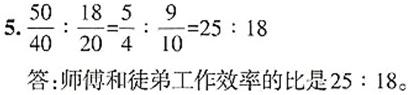
5. $\frac{50}{40}:\frac{18}{20}=\frac{5}{4}:\frac{9}{10}=25:18$
答:师傅和徒弟工作效率的比是$25:18$。